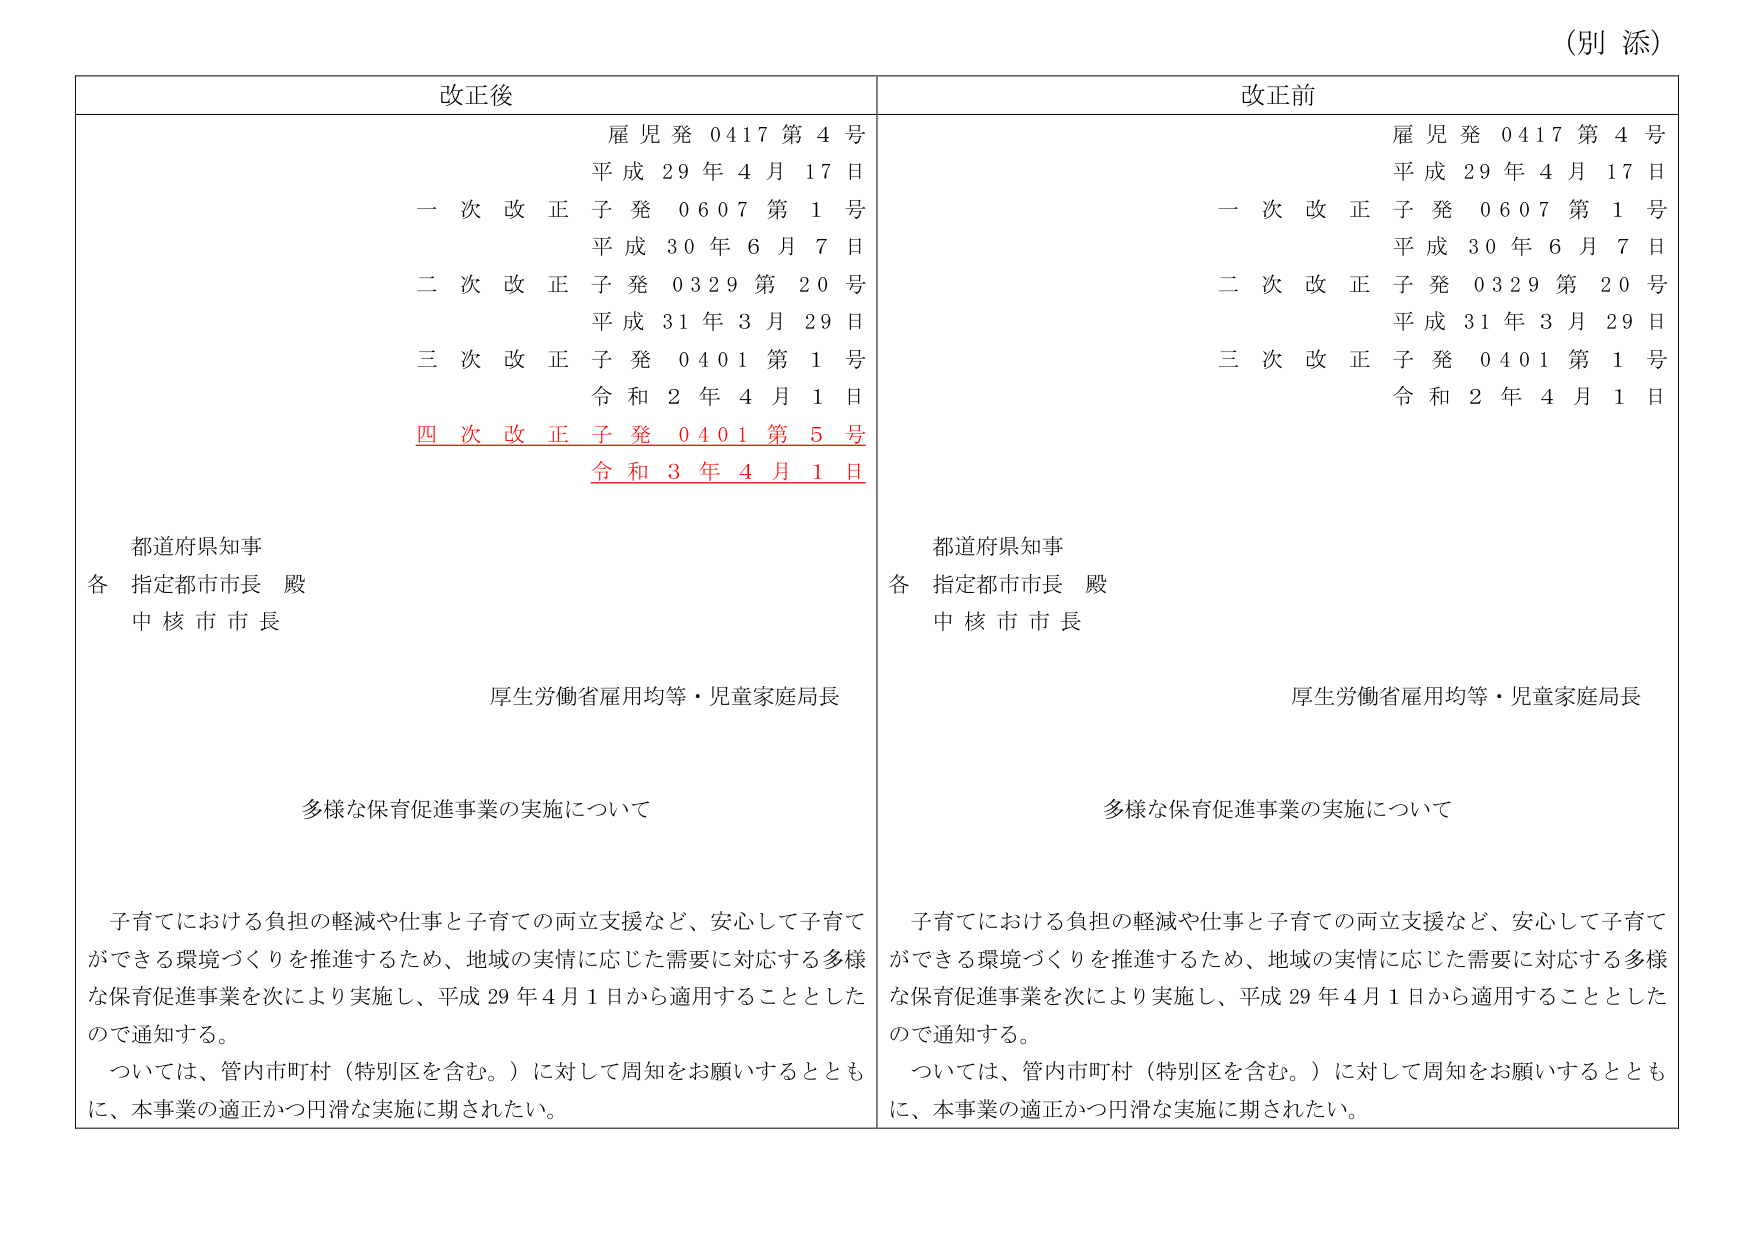
（別 添）

改正後

雇児発 0417 第 4 号
平成 29 年 4 月 17 日
一 次 改 正 子 発 0607 第 1 号
平成 30 年 6 月 7 日
二 次 改 正 子 発 0329 第 20 号
平成 31 年 3 月 29 日
三 次 改 正 子 発 0401 第 1 号
令和 2 年 4 月 1 日
四 次 改 正 子 発 0401 第 5 号
令和 3 年 4 月 1 日

都道府県知事
各 指定都市市長 殿
中 核 市 市 長

厚生労働省雇用均等・児童家庭局長

多様な保育促進事業の実施について

子育てにおける負担の軽減や仕事と子育ての両立支援など、安心して子育てができる環境づくりを推進するため、地域の実情に応じた需要に対応する多様な保育促進事業を次により実施し、平成 29 年 4 月 1 日から適用することとしたので通知する。
ついては、管内市町村（特別区を含む。）に対して周知をお願いするとともに、本事業の適正かつ円滑な実施に期されたい。

改正前

雇児発 0417 第 4 号
平成 29 年 4 月 17 日
一 次 改 正 子 発 0607 第 1 号
平成 30 年 6 月 7 日
二 次 改 正 子 発 0329 第 20 号
平成 31 年 3 月 29 日
三 次 改 正 子 発 0401 第 1 号
令和 2 年 4 月 1 日

都道府県知事
各 指定都市市長 殿
中 核 市 市 長

厚生労働省雇用均等・児童家庭局長

多様な保育促進事業の実施について

子育てにおける負担の軽減や仕事と子育ての両立支援など、安心して子育てができる環境づくりを推進するため、地域の実情に応じた需要に対応する多様な保育促進事業を次により実施し、平成 29 年 4 月 1 日から適用することとしたので通知する。
ついては、管内市町村（特別区を含む。）に対して周知をお願いするとともに、本事業の適正かつ円滑な実施に期されたい。